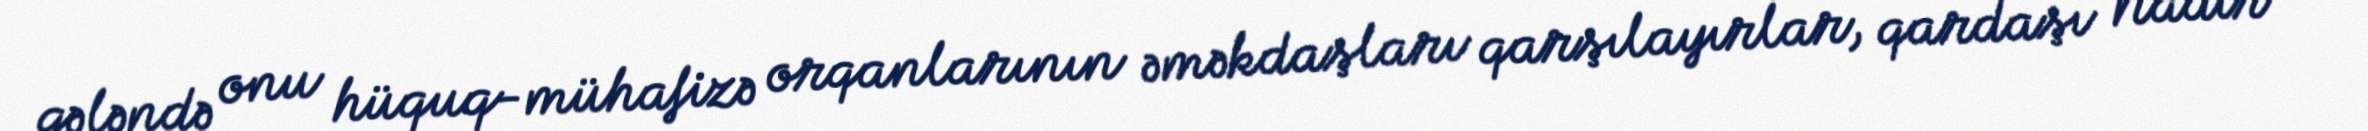
gələndə onu hüquq-mühafizə orqanlarının əməkdaşları qarşılayırlar, qardaşı Nadir